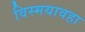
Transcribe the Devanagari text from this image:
विस्मयावहा